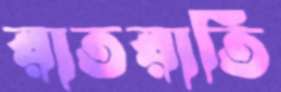
রাতরাতি